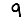
Digit: 9